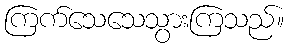
ကြက်သေသေသွားကြသည်။